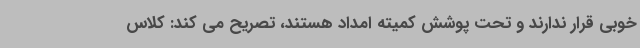
خوبی قرار ندارند و تحت پوشش کمیته امداد هستند، تصریح می کند: کلاس